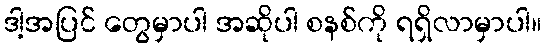
ဒါ့အပြင် တွေမှာပါ အဆိုပါ စနစ်ကို ရရှိလာမှာပါ။